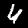
Label: 4